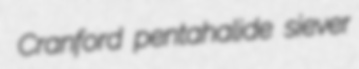
Cranford pentahalide siever